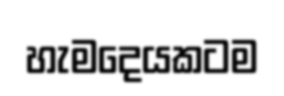
හැමදෙයකටම